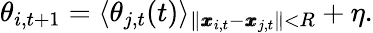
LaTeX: \theta_{i,t+1}=\langle\theta_{j,t}(t)\rangle_{\| \pmb{x}_{i,t}-\pmb{x}_{j,t}\| <R}+\eta.